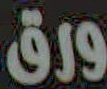
ورق